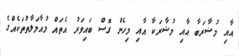
އާއި މުޟާރަބާ އާއި މުޝާރަކާ އާއި މިހެން ގޮސް ބައިވަރު އެތައް މުއާމަލާތުތަކެއްގެ